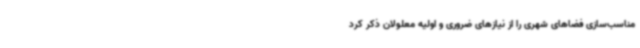
مناسب‌سازی فضاهای شهری را از نیازهای ضروری و اولیه معلولان ذکر کرد